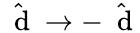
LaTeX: \hat{\mathrm{~\mathbf~d~}}\to-\hat{\mathrm{~\mathbf~d~}}